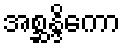
အစ္ဆန္ဒိကော